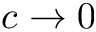
c \to 0